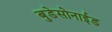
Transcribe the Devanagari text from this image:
बुडेसोनाईड